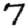
Digit: 7